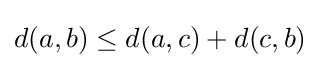
d(a,b)\leq d(a,c)+d(c,b)